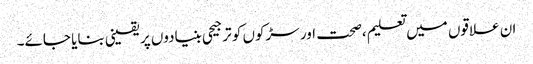
ان علاقوں میں تعلیم ،صحت اور سڑکوں کو ترجیحی بنیادوں پر یقینی بنایا جائے۔